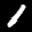
Label: 1